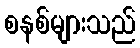
စနစ်များသည်